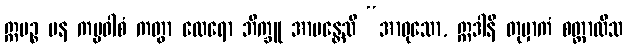
ဣမဉ္စ ပန ကမ္မဝါစံ ကတွာ ထေရော ဘိက္ခူ အာမန္တေသိ “အာဝုသော, ဣဒါနိ တုမှာကံ စတ္တာလီသ